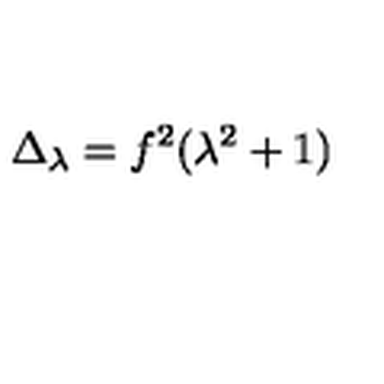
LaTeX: \Delta _ { \lambda } = f ^ { 2 } ( \lambda ^ { 2 } + 1 )